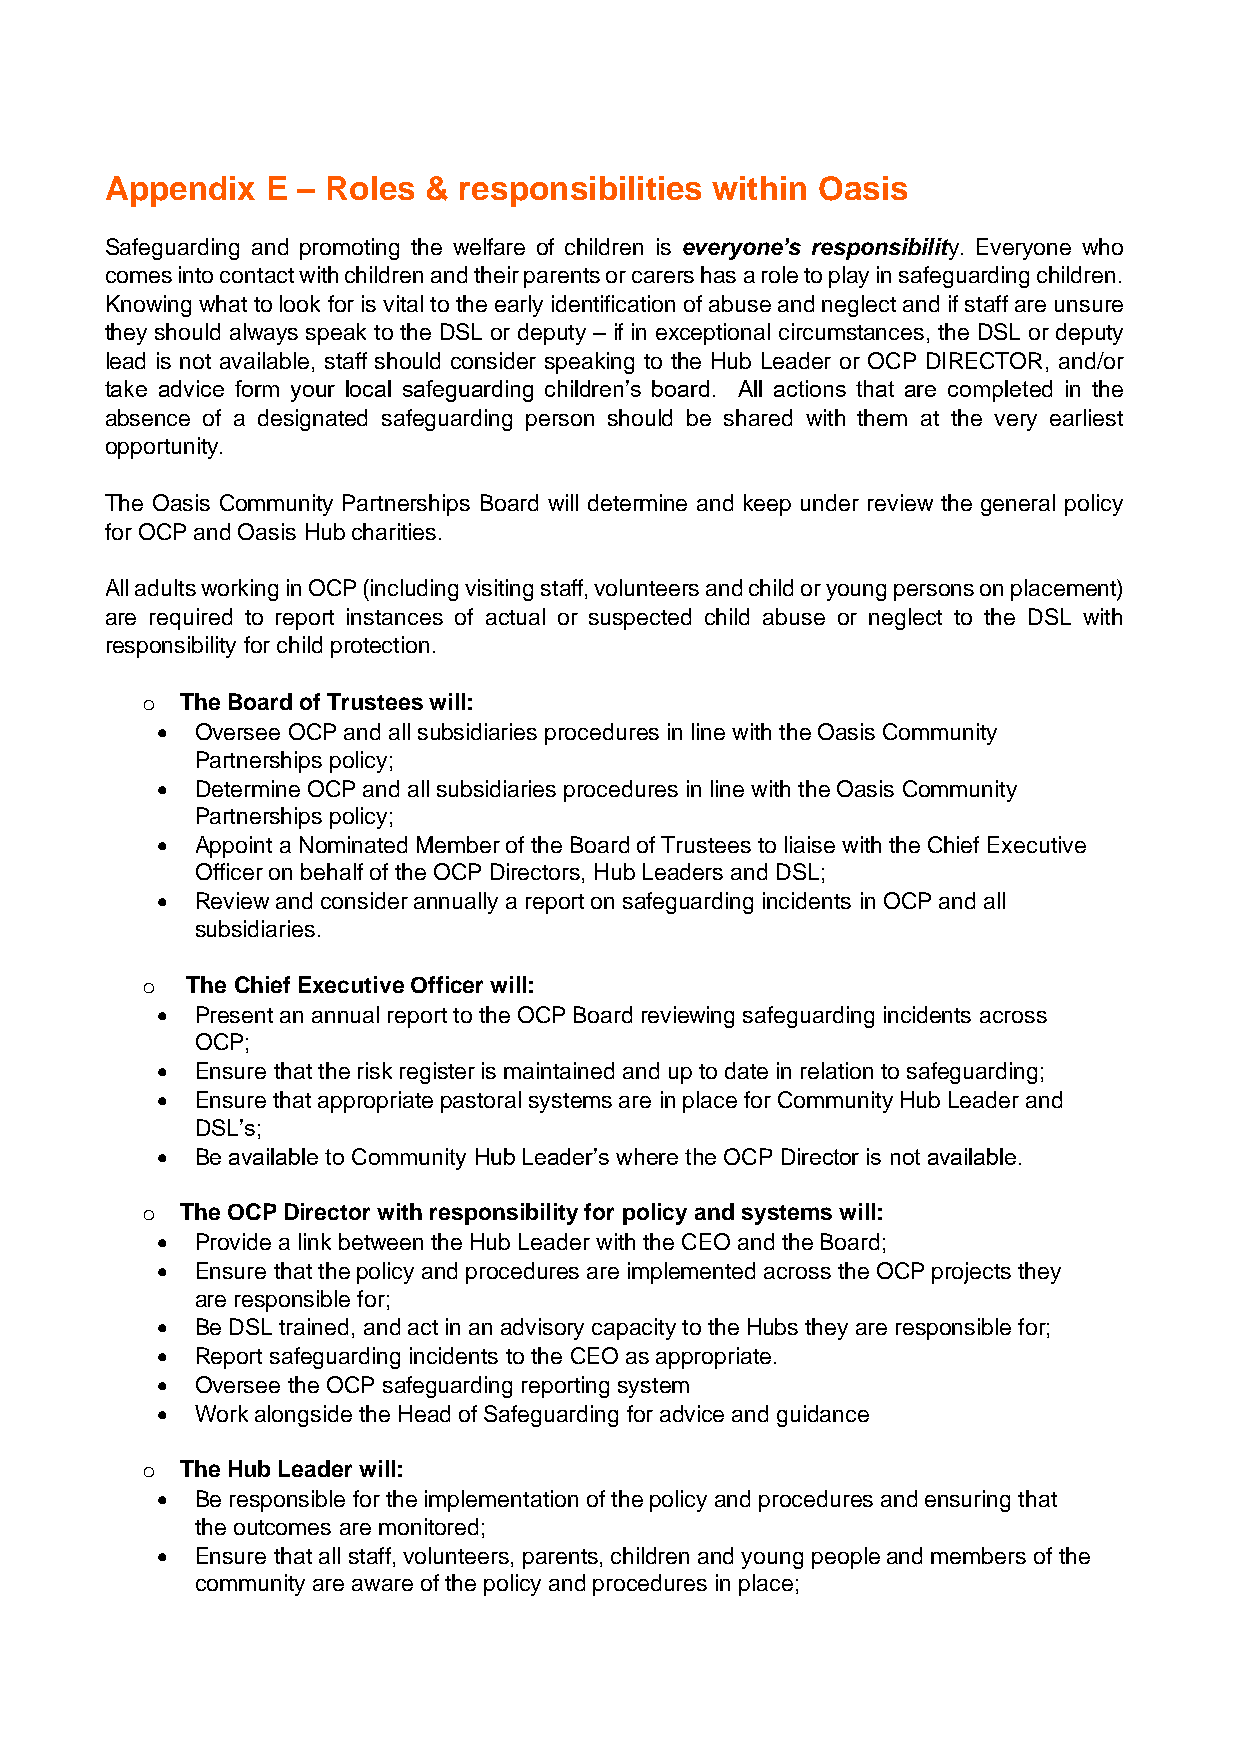
Appendix   E – Roles & responsibilities within Oasis
 Safeguarding and promoting the welfare of children is everyone’s responsibility. Everyone who
 comes into contact with children and their parents or carers has a role to play in safeguarding children.
 Knowing what to look for is vital to the early identification of abuse and neglect and if staff are unsure
 they should always speak to the DSL or deputy – if in exceptional circumstances, the DSL or deputy
 lead is not available, staff should consider speaking to the Hub Leader or OCP DIRECTOR, and/or
 take advice form your local safeguarding children’s board. All actions that are completed in the
 absence of a designated safeguarding person should be shared with them at the very earliest
 opportunity.
 The Oasis Community Partnerships Board will determine and keep under review the general policy
 for OCP and Oasis Hub charities.
 All adults working in OCP (including visiting staff, volunteers and child or young persons on placement)
 are required to report instances of actual or suspected child abuse or neglect to the DSL with
 responsibility for child protection.
 o  The Board of Trustees will:
 •  Oversee OCP and all subsidiaries procedures in line with the Oasis Community
 Partnerships policy;
 •  Determine OCP and all subsidiaries procedures in line with the Oasis Community
 Partnerships policy;
 •  Appoint a Nominated Member of the Board of Trustees to liaise with the Chief Executive
 Officer on behalf of the OCP Directors, Hub Leaders and DSL;
 •  Review and consider annually a report on safeguarding incidents in OCP and all
 subsidiaries.
 o  The Chief Executive Officer will:
 •  Present an annual report to the OCP Board reviewing safeguarding incidents across
 OCP;
 •  Ensure that the risk register is maintained and up to date in relation to safeguarding;
 •  Ensure that appropriate pastoral systems are in place for Community Hub Leader and
 DSL’s;
 •  Be available to Community Hub Leader’s where the OCP Director is not available.
 o  The OCP Director with responsibility for policy and systems will:
 •  Provide a link between the Hub Leader with the CEO and the Board;
 •  Ensure that the policy and procedures are implemented across the OCP projects they
 are responsible for;
 •  Be DSL trained, and act in an advisory capacity to the Hubs they are responsible for;
 •  Report safeguarding incidents to the CEO as appropriate.
 •  Oversee the OCP safeguarding reporting system
 •  Work alongside the Head of Safeguarding for advice and guidance
 o  The Hub Leader will:
 •  Be responsible for the implementation of the policy and procedures and ensuring that
 the outcomes are monitored;
 •  Ensure that all staff, volunteers, parents, children and young people and members of the
 community are aware of the policy and procedures in place;